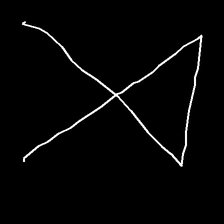
Glyph: collection